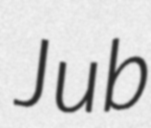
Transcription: Jub